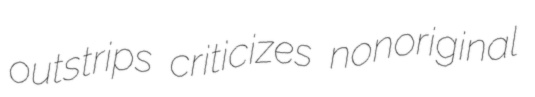
outstrips criticizes nonoriginal